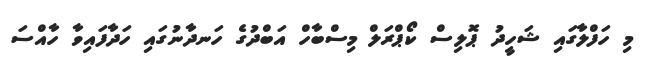
މި ހަފްލާގައި ޝަހީދު ޕޮލިސް ކޯޕްރަލް މިސްބާހް އަބްދުގެ ހަނދާނުގައި ހަދާފައިވާ ހާއްސަ